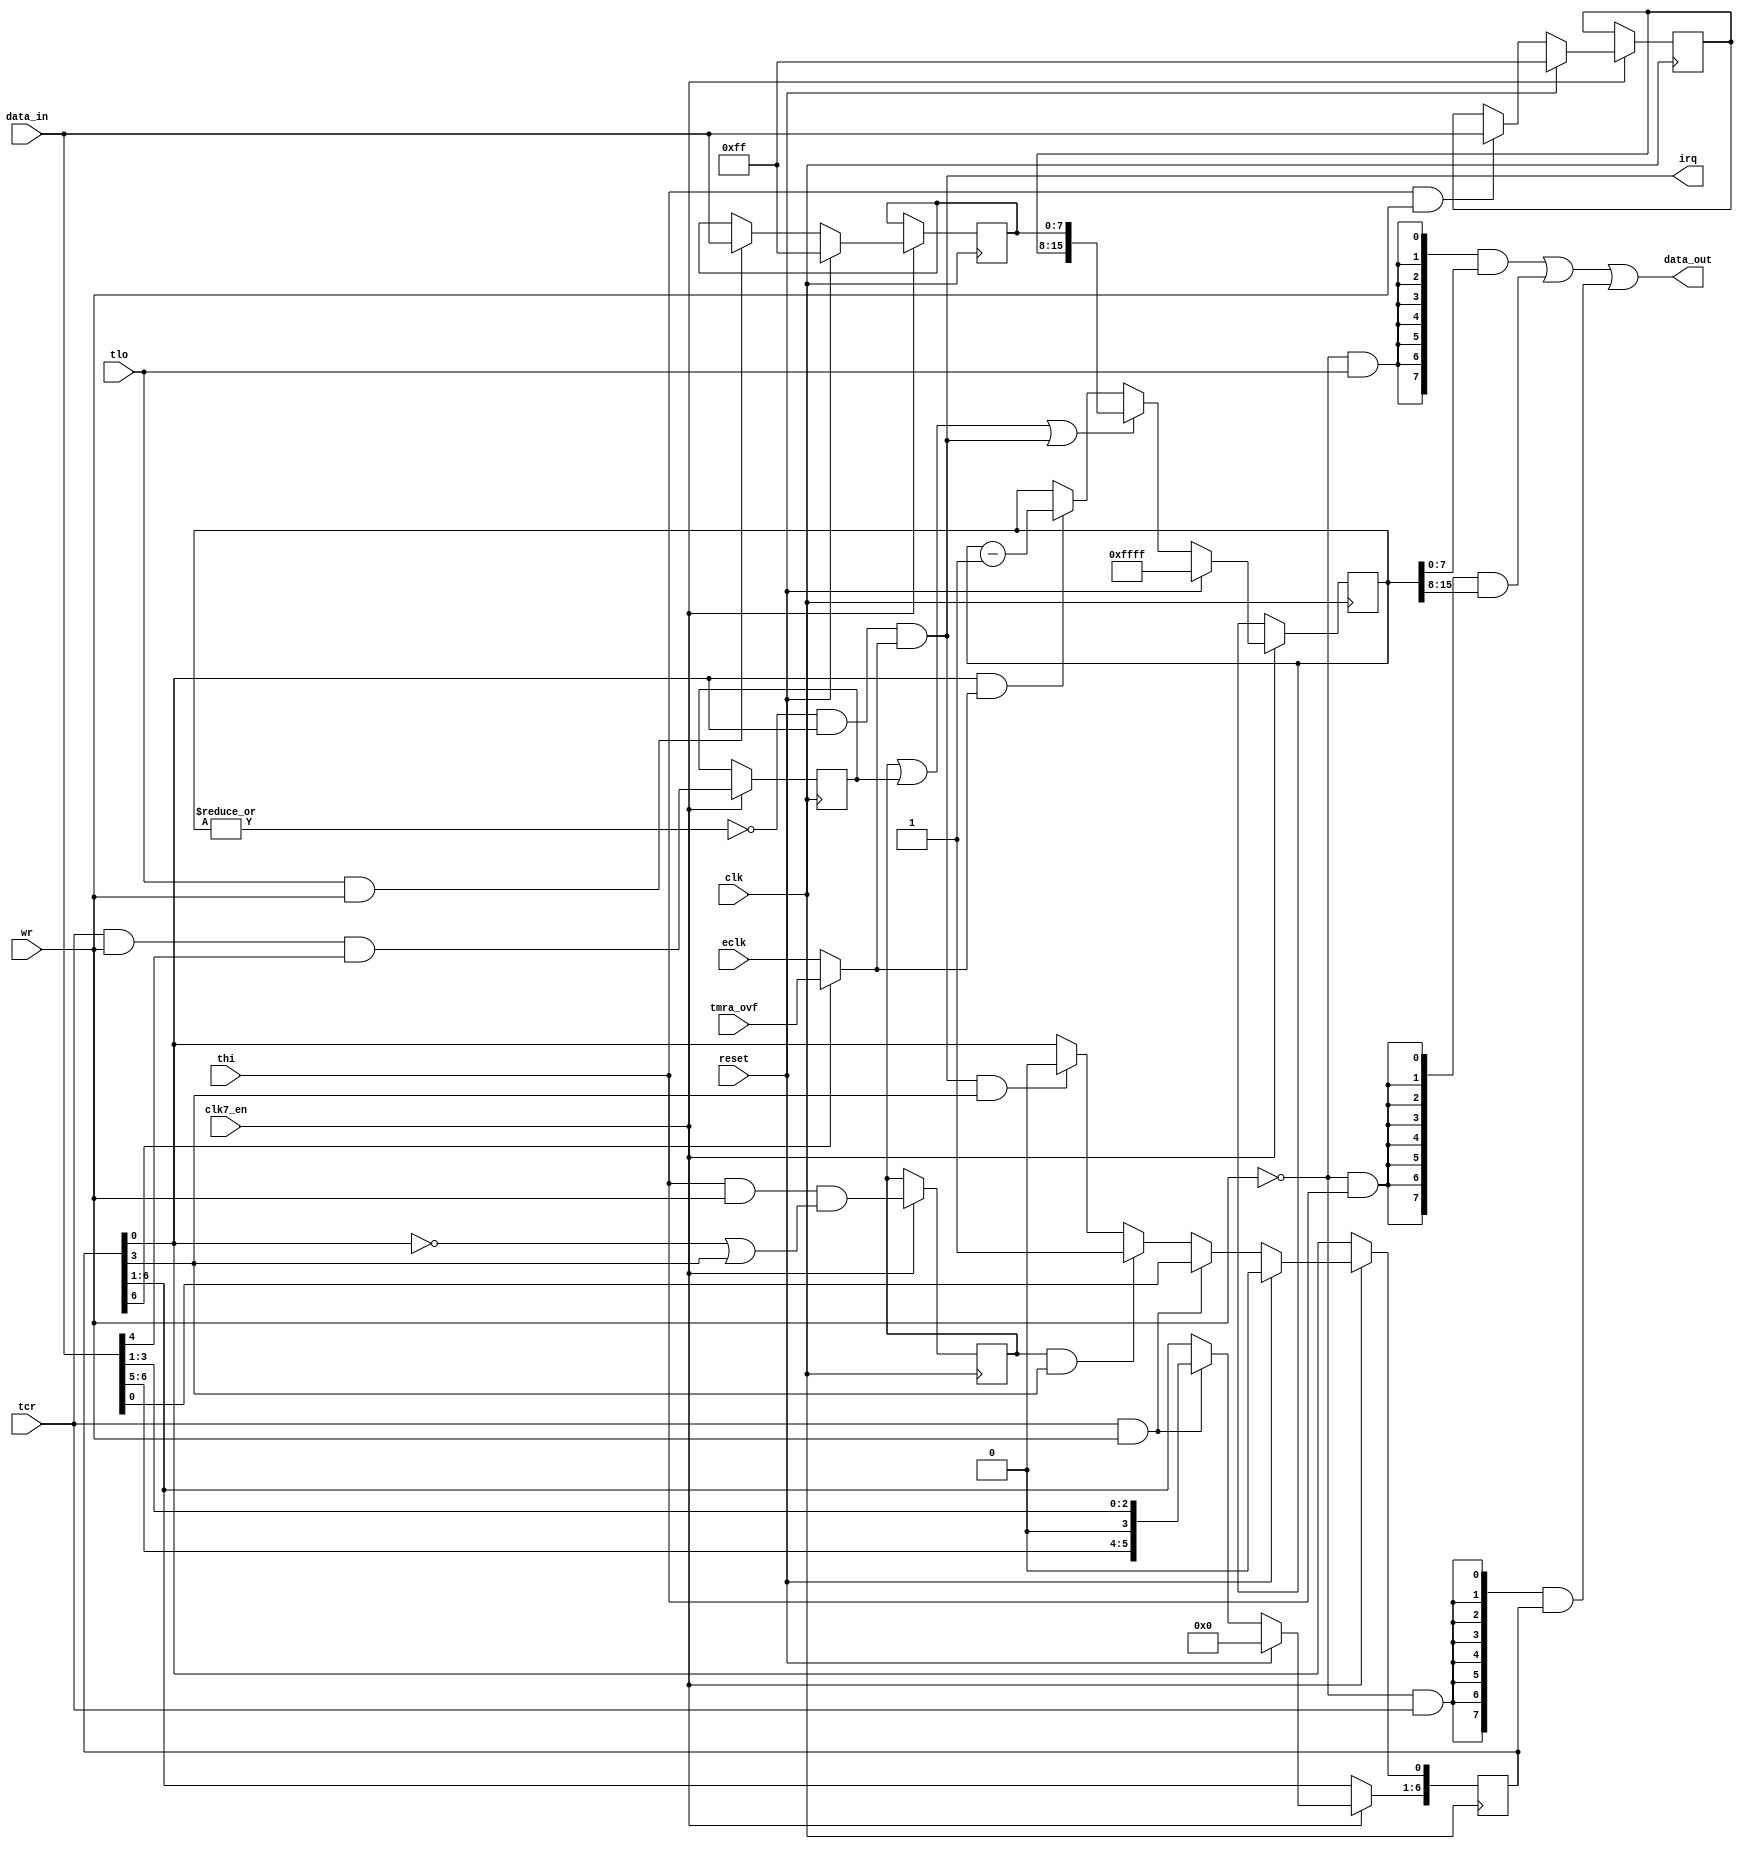
module cia_timerb
(
  input   clk,            
  input clk7_en,
  input  wr,            
  input   reset,           
  input   tlo,          
  input  thi,           
  input  tcr,          
  input   [7:0] data_in,      
  output   [7:0] data_out,      
  input  eclk,            
  input  tmra_ovf,        
  output  irq            
);
reg    [15:0] tmr;        
reg    [7:0] tmlh;        
reg    [7:0] tmll;        
reg    [6:0] tmcr;        
reg    forceload;        
wire  oneshot;        
wire  start;          
reg    thi_load;         
wire  reload;          
wire  zero;          
wire  underflow;        
wire  count;          
assign count = tmcr[6] ? tmra_ovf : eclk;
always @(posedge clk)
  if (clk7_en) begin
    if (reset)  
      tmcr[6:0] <= 7'd0;
    else if (tcr && wr)  
      tmcr[6:0] <= {data_in[6:5],1'b0,data_in[3:0]};
    else if (thi_load && oneshot)  
      tmcr[0] <= 1'd1;
    else if (underflow && oneshot) 
      tmcr[0] <= 1'd0;
  end
always @(posedge clk)
  if (clk7_en) begin
    forceload <= tcr & wr & data_in[4];  
  end
assign oneshot = tmcr[3];          
assign start = tmcr[0];          
always @(posedge clk)
  if (clk7_en) begin
    if (reset)
      tmll[7:0] <= 8'b1111_1111;
    else if (tlo && wr)
      tmll[7:0] <= data_in[7:0];
  end
always @(posedge clk)
  if (clk7_en) begin
    if (reset)
      tmlh[7:0] <= 8'b1111_1111;
    else if (thi && wr)
      tmlh[7:0] <= data_in[7:0];
  end
always @(posedge clk)
  if (clk7_en) begin
    thi_load <= thi & wr & (~start | oneshot);
  end
assign reload = thi_load | forceload | underflow;
always @(posedge clk)
  if (clk7_en) begin
    if (reset)
      tmr[15:0] <= 16'hFF_FF;
    else if (reload)
      tmr[15:0] <= {tmlh[7:0],tmll[7:0]};
    else if (start && count)
      tmr[15:0] <= tmr[15:0] - 16'd1;
  end
assign zero = ~|tmr;
assign underflow = zero & start & count;
assign irq = underflow;
assign data_out[7:0] = ({8{~wr&tlo}} & tmr[7:0])
          | ({8{~wr&thi}} & tmr[15:8])
          | ({8{~wr&tcr}} & {1'b0,tmcr[6:0]});
endmodule